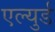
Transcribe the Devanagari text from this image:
एल्युर्ड